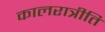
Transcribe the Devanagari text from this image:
कालरात्रीति